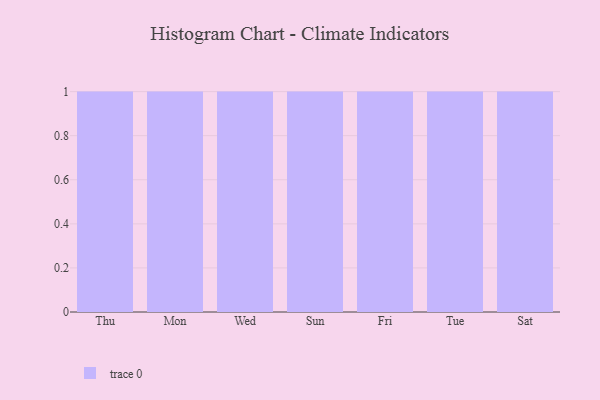
{"axis": {"x": "Day", "y": "Net Income (USD K)"}, "legend": [""], "data": [{"x": "Thu", "y": 88, "type": ""}, {"x": "Mon", "y": 16, "type": ""}, {"x": "Wed", "y": 56, "type": ""}, {"x": "Sun", "y": 11, "type": ""}, {"x": "Fri", "y": 89, "type": ""}, {"x": "Tue", "y": 70, "type": ""}, {"x": "Sat", "y": 89, "type": ""}]}